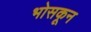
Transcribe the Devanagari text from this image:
भोसकून